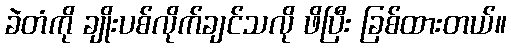
ခဲတံကို ချိုးပစ်လိုက်ချင်သလို ဖိပြီး ခြစ်ထားတယ်။